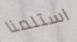
استلمنا